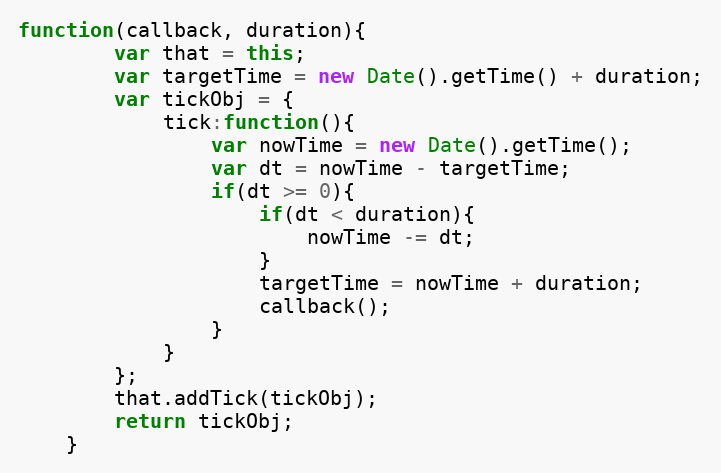
Language: JavaScript
function(callback, duration){
        var that = this;
        var targetTime = new Date().getTime() + duration;
        var tickObj = {
            tick:function(){
                var nowTime = new Date().getTime();
                var dt = nowTime - targetTime;
                if(dt >= 0){
                    if(dt < duration){
                        nowTime -= dt;
                    }
                    targetTime = nowTime + duration;
                    callback();
                }
            }
        };
        that.addTick(tickObj);
        return tickObj;
    }